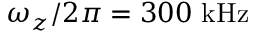
\omega _ { z } / 2 \pi = 3 0 0 ~ \mathrm { k H z }